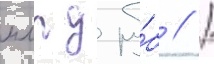
млрд ру́б // /